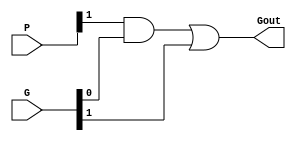
`timescale 1ns / 1ps
module Gray_cell #(parameter VALENCY = 2)(
    input [VALENCY-1:0] G,
    input [VALENCY-1:0] P,
    output Gout
    );
    wire [VALENCY-1:0]g, t;
    assign g[0] = G[0];
    genvar i;
    generate
        for(i = 1; i < VALENCY; i = i + 1) begin: gray_cell
            and a(t[i], P[i], g[i-1]);
            or o(g[i], t[i], G[i]); 
        end
    endgenerate
    
    assign Gout = g[VALENCY-1];
endmodule